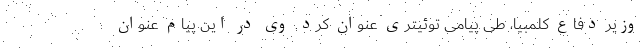
وزیر دفاع کلمبیا، طی پیامی توئیتری عنوان کرد. وی در این پیام عنوان